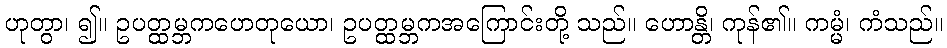
ဟုတွာ၊ ၍။ ဥပတ္ထမ္ဘကဟေတုယော၊ ဥပတ္ထမ္ဘကအကြောင်းတို့ သည်။ ဟောန္တိ၊ ကုန်၏။ ကမ္မံ၊ ကံသည်။